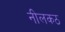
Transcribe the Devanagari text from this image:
नीलकठ